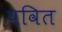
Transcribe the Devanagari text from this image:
पवित